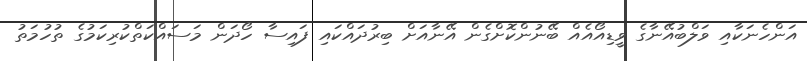
އަންހެނަކާއި ވަލްބުއޭނާގެ ވީޑިއޯއެއް ބޭނުންކޮށްގެން އޭނާއަށް ބިރުދައްކައި ފައިސާ ހޯދަން މަސައްކަތްކުރިކަމުގެ ތުހުމަތު